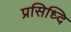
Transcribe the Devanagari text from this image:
प्रसिध्दि